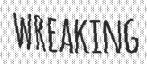
WREAKING